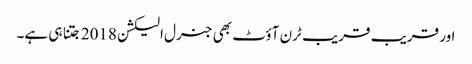
اور قریب قریب ٹرن آؤٹ بھی جنرل الیکشن 2018 جتنا ہی ہے۔